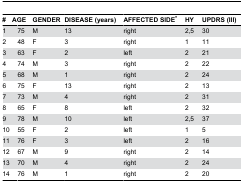
<table><thead><tr><td><b>#</b></td><td colspan="2"><b>AGE</b></td><td><b>GENDER</b></td><td><b>DISEASE (years)</b></td><td><b>AFFECTED SIDE*</b></td><td><b>HY</b></td><td><b>UPDRS (III)</b></td></tr></thead><tbody><tr><td colspan="2">1</td><td>75</td><td>M</td><td>13</td><td>right</td><td>2,5</td><td>30</td></tr><tr><td colspan="2">2</td><td>48</td><td>F</td><td>3</td><td>right</td><td>1</td><td>11</td></tr><tr><td colspan="2">3</td><td>63</td><td>F</td><td>2</td><td>left</td><td>2</td><td>21</td></tr><tr><td colspan="2">4</td><td>74</td><td>M</td><td>3</td><td>right</td><td>2</td><td>22</td></tr><tr><td colspan="2">5</td><td>68</td><td>M</td><td>1</td><td>right</td><td>2</td><td>24</td></tr><tr><td colspan="2">6</td><td>75</td><td>F</td><td>13</td><td>right</td><td>2</td><td>13</td></tr><tr><td colspan="2">7</td><td>73</td><td>M</td><td>4</td><td>right</td><td>2</td><td>31</td></tr><tr><td colspan="2">8</td><td>65</td><td>F</td><td>8</td><td>left</td><td>2</td><td>32</td></tr><tr><td colspan="2">9</td><td>78</td><td>M</td><td>10</td><td>left</td><td>2,5</td><td>37</td></tr><tr><td colspan="2">10</td><td>55</td><td>F</td><td>2</td><td>left</td><td>1</td><td>5</td></tr><tr><td colspan="2">11</td><td>76</td><td>F</td><td>3</td><td>left</td><td>2</td><td>16</td></tr><tr><td colspan="2">12</td><td>67</td><td>M</td><td>9</td><td>right</td><td>2</td><td>14</td></tr><tr><td colspan="2">13</td><td>70</td><td>M</td><td>4</td><td>right</td><td>2</td><td>24</td></tr><tr><td colspan="2">14</td><td>76</td><td>M</td><td>1</td><td>right</td><td>2</td><td>20</td></tr></tbody></table>